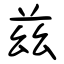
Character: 兹